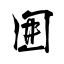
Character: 囲